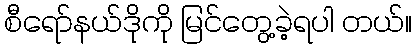
စီရော်နယ်ဒိုကို မြင်တွေ့ခဲ့ရပါ တယ်။